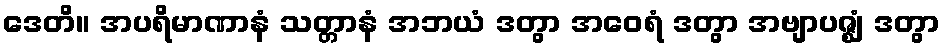
ဒေတိ။ အပရိမာဏာနံ သတ္တာနံ အဘယံ ဒတွာ အဝေရံ ဒတွာ အဗျာပဇ္ဈံ ဒတွာ